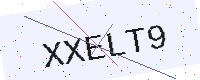
Text: XXELT9